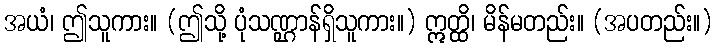
အယံ၊ ဤသူကား။ (ဤသို့ ပုံသဏ္ဌာန်ရှိသူကား။) ဣတ္ထိ၊ မိန်မတည်း။ (အပတည်း။)